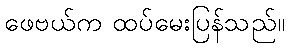
ဖေဗယ်က ထပ်မေးပြန်သည်။